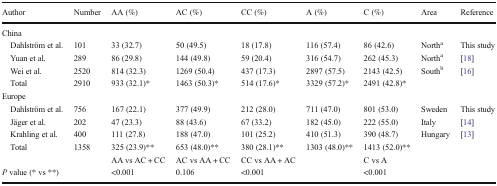
<table><thead><tr><td><b>Author</b></td><td><b>Number</b></td><td><b>AA (%)</b></td><td><b>AC (%)</b></td><td><b>CC (%)</b></td><td><b>A (%)</b></td><td><b>C (%)</b></td><td><b>Area</b></td><td><b>Reference</b></td></tr></thead><tbody><tr><td colspan="9">China</td></tr><tr><td> Dahlström et al.</td><td>101</td><td>33 (32.7)</td><td>50 (49.5)</td><td>18 (17.8)</td><td>116 (57.4)</td><td>86 (42.6)</td><td>North<sup>a</sup></td><td>This study</td></tr><tr><td> Yuan et al.</td><td>289</td><td>86 (29.8)</td><td>144 (49.8)</td><td>59 (20.4)</td><td>316 (54.7)</td><td>262 (45.3)</td><td>North<sup>a</sup></td><td>[18]</td></tr><tr><td> Wei et al.</td><td>2520</td><td>814 (32.3)</td><td>1269 (50.4)</td><td>437 (17.3)</td><td>2897 (57.5)</td><td>2143 (42.5)</td><td>South<sup>b</sup></td><td>[16]</td></tr><tr><td> Total</td><td>2910</td><td>933 (32.1)*</td><td>1463 (50.3)*</td><td>514 (17.6)*</td><td>3329 (57.2)*</td><td>2491 (42.8)*</td><td></td><td></td></tr><tr><td colspan="9">Europe</td></tr><tr><td> Dahlström et al.</td><td>756</td><td>167 (22.1)</td><td>377 (49.9)</td><td>212 (28.0)</td><td>711 (47.0)</td><td>801 (53.0)</td><td>Sweden</td><td>This study</td></tr><tr><td> Jäger et al.</td><td>202</td><td>47 (23.3)</td><td>88 (43.6)</td><td>67 (33.2)</td><td>182 (45.0)</td><td>222 (55.0)</td><td>Italy</td><td>[14]</td></tr><tr><td> Krahling et al.</td><td>400</td><td>111 (27.8)</td><td>188 (47.0)</td><td>101 (25.2)</td><td>410 (51.3)</td><td>390 (48.7)</td><td>Hungary</td><td>[13]</td></tr><tr><td> Total</td><td>1358</td><td>325 (23.9)**</td><td>653 (48.0)**</td><td>380 (28.1)**</td><td>1303 (48.0)**</td><td>1413 (52.0)**</td><td></td><td></td></tr><tr><td></td><td></td><td>AA vs AC + CC</td><td>AC vs AA + CC</td><td>CC vs AA + AC</td><td></td><td>C vs A</td><td></td><td></td></tr><tr><td><i>P</i> value (* vs **)</td><td></td><td>&lt;0.001</td><td>0.106</td><td>&lt;0.001</td><td></td><td>&lt;0.001</td><td></td><td></td></tr></tbody></table>